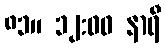
၈၁။ ၁၂:၀၀ နာရီ